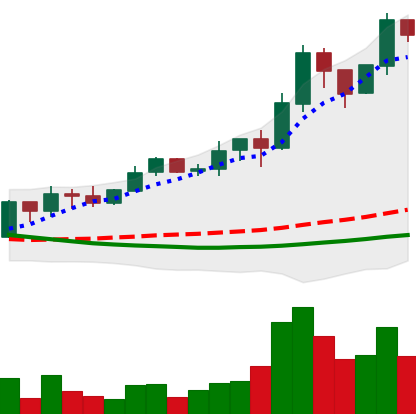
Ticker: ADA-USD
Chart end date: 2019-03-28
Forward return: 29.834%
Label: up_7plus